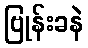
ဗြုန်းခနဲ